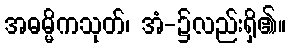
အဓမ္မိကသုတ်၊ အံ-၌လည်းရှိ၏။